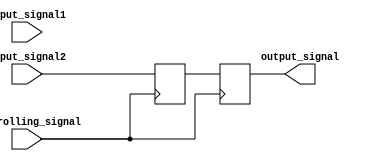
module Timing_Control_and_Synchronization (
    input wire input_signal1,
    input wire input_signal2,
    input wire controlling_signal,
    output reg output_signal
);

reg delayed_output_signal;

always @ (posedge controlling_signal)
begin
    if (controlling_signal == 1'b0)
        delayed_output_signal <= input_signal1;
    else
        delayed_output_signal <= input_signal2;
end

always @ (posedge controlling_signal)
begin
    output_signal <= delayed_output_signal;
end

endmodule